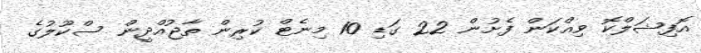
އޮފިޝަލްކޮ ވިއްކަން ފެށުން 22 ގަޑި 10 މިނެޓް ކުރިން ތާޖުއްދީން ސްކޫލުގެ